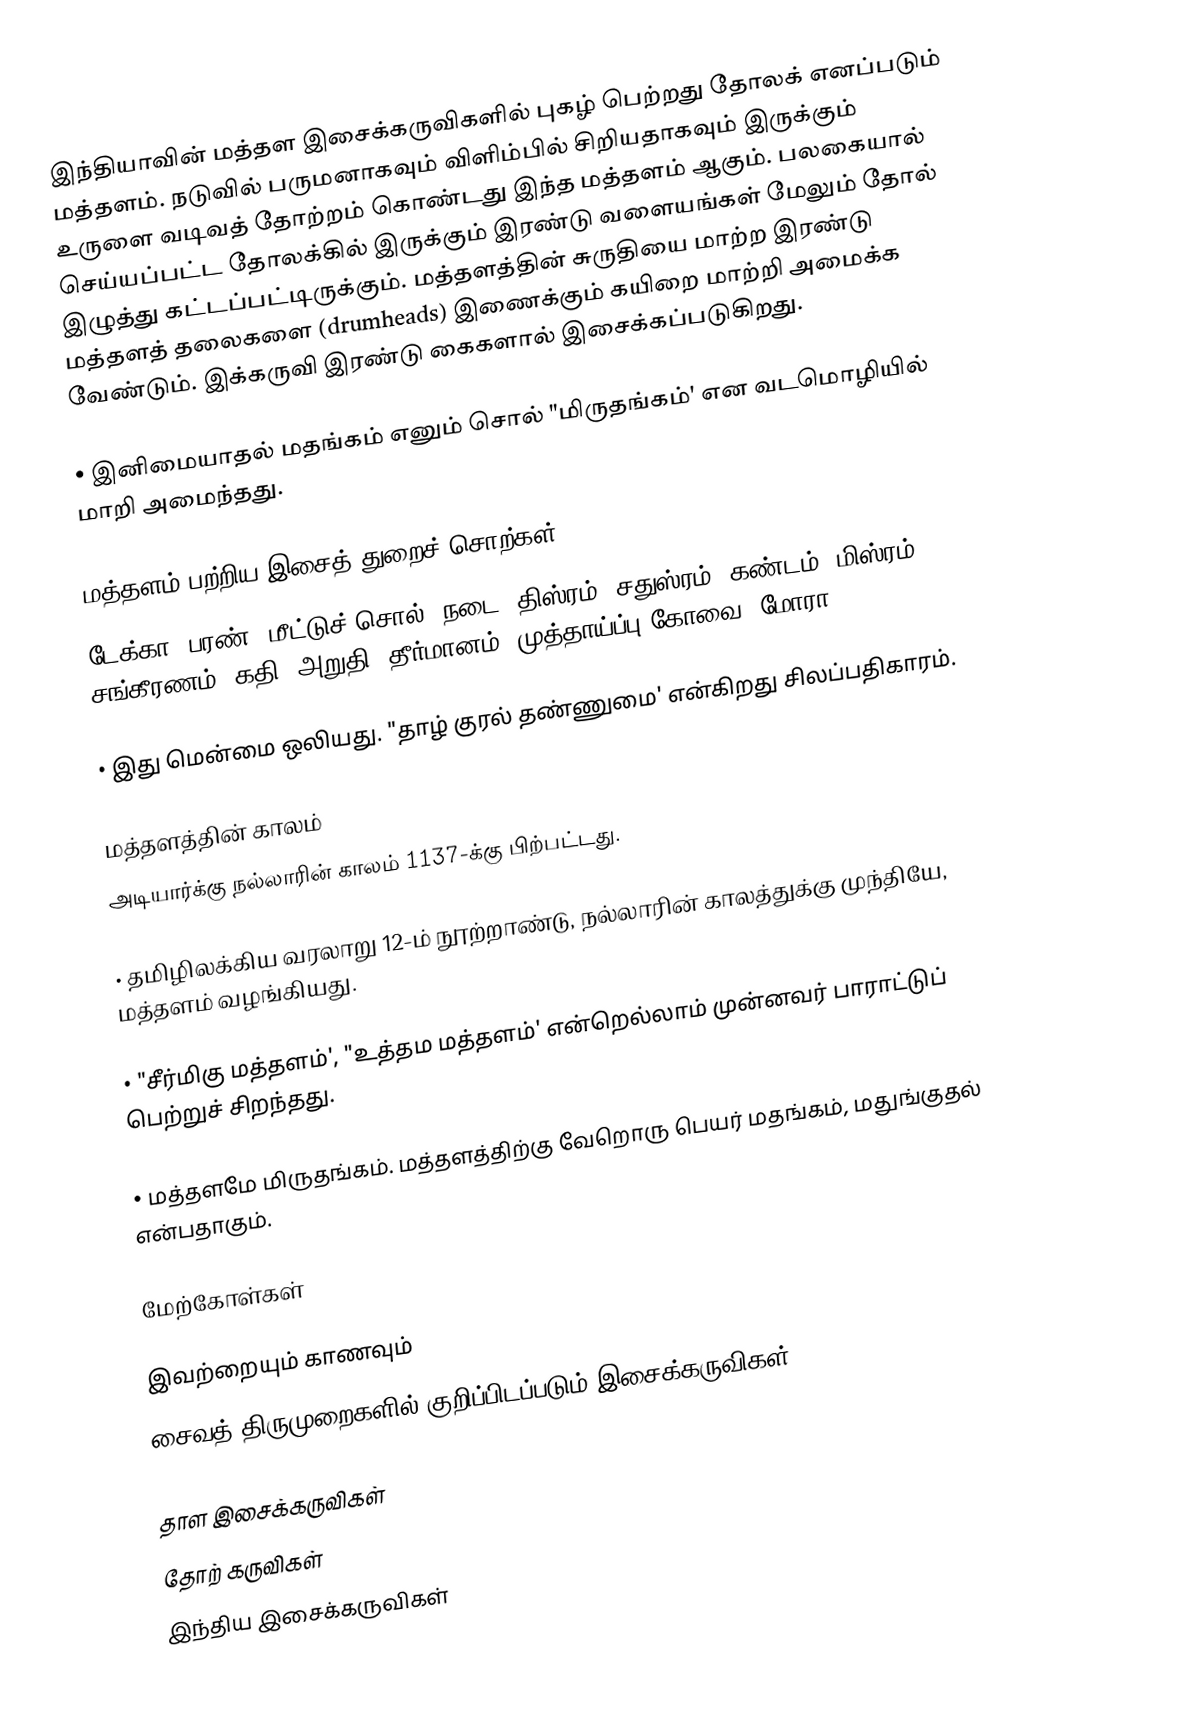
இந்தியாவின் மத்தள இசைக்கருவிகளில் புகழ் பெற்றது தோலக் எனப்படும் மத்தளம். நடுவில் பருமனாகவும் விளிம்பில் சிறியதாகவும் இருக்கும் உருளை வடிவத் தோற்றம் கொண்டது இந்த மத்தளம் ஆகும். பலகையால் செய்யப்பட்ட தோலக்கில் இருக்கும் இரண்டு வளையங்கள் மேலும் தோல் இழுத்து கட்டப்பட்டிருக்கும். மத்தளத்தின் சுருதியை மாற்ற இரண்டு மத்தளத் தலைகளை (drumheads) இணைக்கும் கயிறை மாற்றி அமைக்க வேண்டும். இக்கருவி இரண்டு கைகளால் இசைக்கப்படுகிறது.

• இனிமையாதல் மதங்கம் எனும் சொல் "மிருதங்கம்' என வடமொழியில் மாறி அமைந்தது.

மத்தளம்  பற்றிய இசைத் துறைச் சொற்கள்
டேக்கா, பரண், மீட்டுச் சொல், நடை, திஸ்ரம், சதுஸ்ரம், கண்டம், மிஸ்ரம், சங்கீரணம், கதி, அறுதி, தீர்மானம், முத்தாய்ப்பு கோவை, மோரா

• இது மென்மை ஒலியது. "தாழ் குரல் தண்ணுமை' என்கிறது சிலப்பதிகாரம்.

மத்தளத்தின் காலம்
அடியார்க்கு நல்லாரின் காலம் 1137-க்கு பிற்பட்டது.

• தமிழிலக்கிய வரலாறு 12-ம் நூற்றாண்டு, நல்லாரின் காலத்துக்கு முந்தியே, மத்தளம் வழங்கியது.

• "சீர்மிகு மத்தளம்', "உத்தம மத்தளம்' என்றெல்லாம் முன்னவர் பாராட்டுப் பெற்றுச் சிறந்தது.

• மத்தளமே மிருதங்கம். மத்தளத்திற்கு வேறொரு பெயர் மதங்கம், மதுங்குதல் என்பதாகும்.

மேற்கோள்கள்

இவற்றையும் காணவும்
 சைவத் திருமுறைகளில் குறிப்பிடப்படும் இசைக்கருவிகள்

தாள இசைக்கருவிகள்
தோற் கருவிகள்
இந்திய இசைக்கருவிகள்